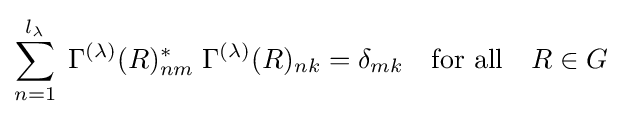
\sum _{n=1}^{l_{\lambda }}\;\Gamma ^{(\lambda )}(R)_{nm}^{*}\;\Gamma ^{(\lambda )}(R)_{nk}=\delta _{mk}\quad {\hbox{for all}}\quad R\in G